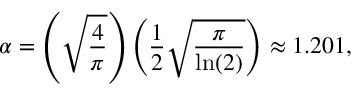
\alpha = \left( \sqrt { \frac { 4 } { \pi } } \right) \left( \frac { 1 } { 2 } \sqrt { \frac { \pi } { \ln ( 2 ) } } \right) \approx 1 . 2 0 1 ,